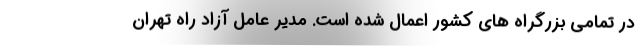
در تمامی بزرگراه های کشور اعمال شده است. مدیر عامل آزاد راه تهران